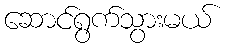
ဆောင်ရွက်သွားမယ်